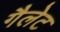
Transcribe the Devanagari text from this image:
गैलेट